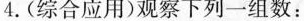
4.(综合应用)观察下列一组数：